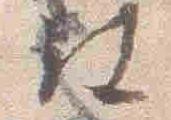
被